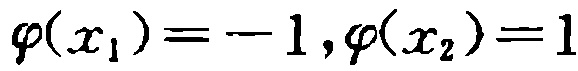
\(\varphi(x_{1}) = -1,\varphi(x_{2}) = 1\)